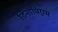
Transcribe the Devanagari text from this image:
डिनोपिएम